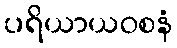
ပရိယာယဝစနံ